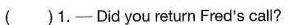
( )1.——Did you return Fred's call?